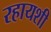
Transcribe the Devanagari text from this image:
रहायशी